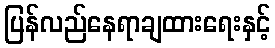
ပြန်လည်နေရာချထားရေးနှင့်